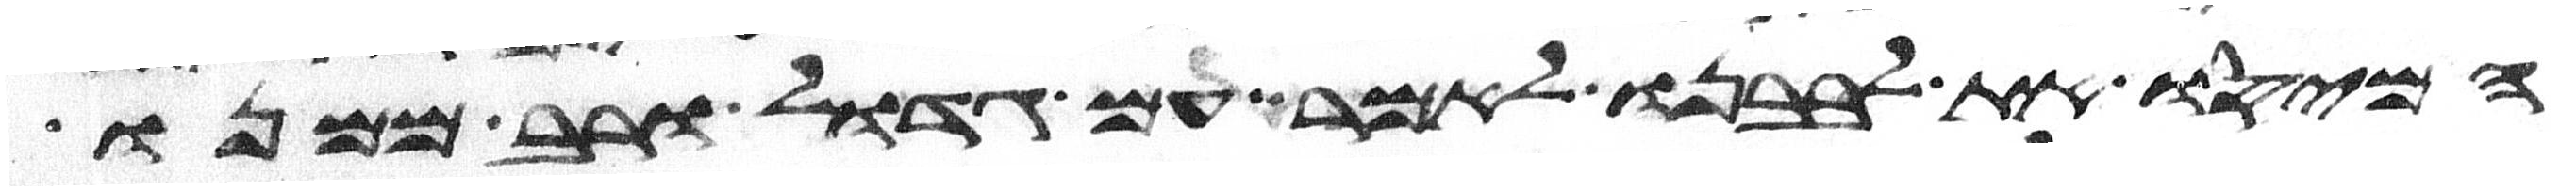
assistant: המיסו את לבבנו לאמר עם גדול ורב ממנו